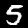
Label: 5